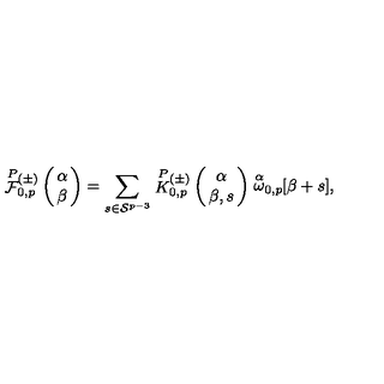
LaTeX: \stackrel { P } { \cal F } { } \! \! _ { 0 , p } ^ { ( \pm ) } \left( \begin{array} { c } { \! \! \alpha \! \! } \\ { \! \! \beta \! \! } \\ \end{array} \right) = \sum _ { s \in { \cal S } ^ { p - 3 } } \stackrel { P } { K } { } \! \! _ { 0 , p } ^ { ( \pm ) } \left( \begin{array} { c } { \! \! \alpha \! \! } \\ { \! \! \beta , s \! \! } \\ \end{array} \right) \stackrel { \alpha } { \omega } _ { 0 , p } \! \! \lbrack \beta + s \rbrack ,